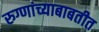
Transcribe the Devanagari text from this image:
रुग्णांच्याबाबतीत